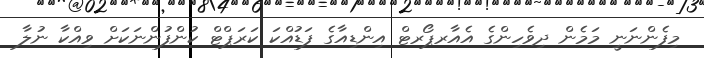
މިފެންނަނީ މަމެން ދިވެހިންގެ އެެއާރޕޯރޓް އިންޑިއާގެ ފަޑުއްކަ ކަރަޕްޓް ކުންފުންނަކަށް ވިއްކާ ނުލާ